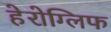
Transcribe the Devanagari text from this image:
हेरोग्लिफ